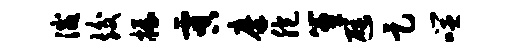
灭竣握虞摩胞簟避足噬